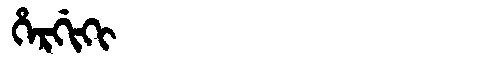
Manchu: ᡥᡝᡵᡤᡳᡴᡳ
Romanization: HERGIKI